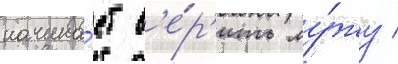
начина́ет в'е́р'ить му́жу /